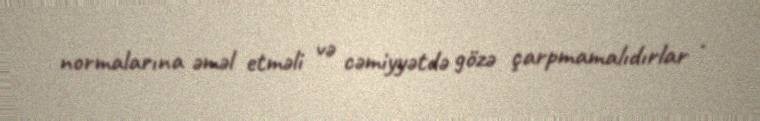
normalarına əməl etməli və cəmiyyətdə gözə çarpmamalıdırlar .